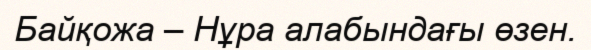
Байқожа – Нұра алабындағы өзен.